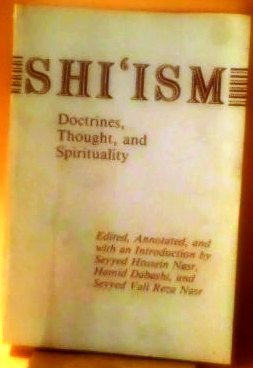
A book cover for Shi'Ism: Doctrines, Thought, and Spirituality; Religion & Spirituality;